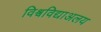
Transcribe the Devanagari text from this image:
विश्वविद्याअलय